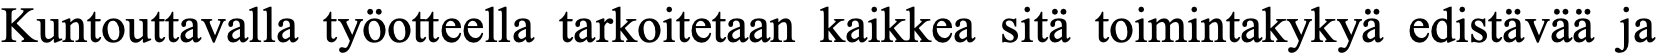
Kuntouttavalla työotteella tarkoitetaan kaikkea sitä toimintakykyä edistävää ja